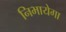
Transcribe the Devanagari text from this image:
निभायेगा